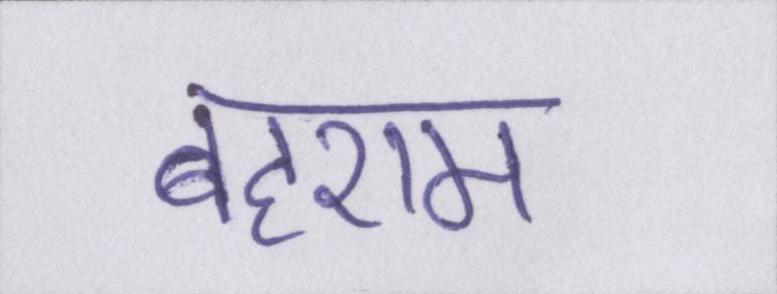
बहराम